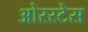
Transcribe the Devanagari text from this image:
ओरस्टेस